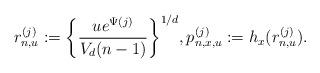
LaTeX: \begin{align*}r_{n,u}^{(j)} := \biggl\{ \frac{ue^{\Psi(j)}}{V_d(n-1)} \biggr\}^{1/d}, p_{n,x,u}^{(j)} := h_x (r_{n,u}^{(j)}).\end{align*}